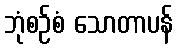
ဘုံစဉ်စံ သောတာပန်